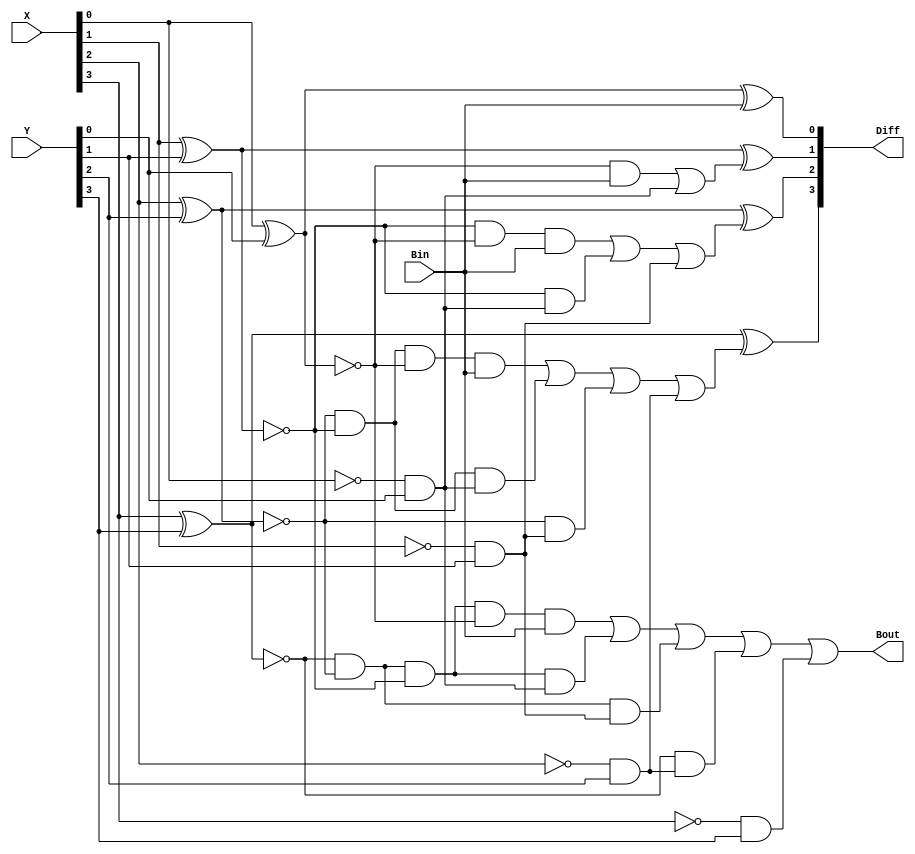
module Lab2_borrow_lookahead_4_bit_sub(output [3:0] Diff, output Bout, input [3:0] X, Y, input Bin);

	wire [3:0] P, B, G;

	assign P[0] = !(X[0] ^ Y[0]);
	assign P[1] = !(X[1] ^ Y[1]);
	assign P[2] = !(X[2] ^ Y[2]);
	assign P[3] = !(X[3] ^ Y[3]);

	assign G[0] = !X[0] && Y[0];
	assign G[1] = !X[1] && Y[1];
	assign G[2] = !X[2] && Y[2];
	assign G[3] = !X[3] && Y[3];

	assign B[1] = P[0] && Bin || G[0];
	assign B[2] = P[1] && P[0] && Bin || P[1] && G[0] || G[1];
	assign B[3] = P[2] && P[1] && P[0] && Bin || P[2] && P[1] && G[0] || P[2] && G[1] || G[2];
	assign Bout = P[3] && P[2] && P[1] && P[0] && Bin || P[3] && P[2] && P[1] && G[0] || P[3] && P[2] && G[1] || P[3] && G[2] || G[3];

	assign Diff[0] = !P[0] ^ Bin;
	assign Diff[1] = !P[1] ^ B[1];
	assign Diff[2] = !P[2] ^ B[2];
	assign Diff[3] = !P[3] ^ B[3];

/*
	xnor
		G_xnor_1(P[0], X[0], Y[0]),
		G_xnor_2(P[1], X[1], Y[1]),
		G_xnor_3(P[2], X[2], Y[2]),
		G_xnor_4(P[3], X[3], Y[3]);

	not
		G_not_1(x_not[0], X[0]),
		G_not_2(x_not[1], X[1]),
		G_not_3(x_not[2], X[2]),
		G_not_4(x_not[3], X[3]),
		G_not_5(p_not[0], P[0]),
		G_not_6(p_not[1], P[1]),
		G_not_7(p_not[2], P[2]),
		G_not_8(p_not[3], P[3]);

	and
		G_and_1(G[0], x_not[0], Y[0]),
		G_and_2(G[1], x_not[1], Y[1]),
		G_and_3(G[2], x_not[2], Y[2]),
		G_and_4(G[3], x_not[3], Y[3]);

	xor
		G_xor_1(Diff[0], p_not[0], Bin),
		G_xor_2(Diff[1], p_not[1], B[1]),
		G_xor_3(Diff[2], p_not[2], B[2]),
		G_xor_4(Diff[3], p_not[3], B[3]);

	//B1
	wire for_b1;
	and
		b1_and_1(for_b1, P[0], Bin);
	or
		b1_or_1(B[1], for_b1, G[0]);

	//B2
	wire for_b2[0:1];
	and
		b2_and_1(for_b2[0], P[1], P[0], Bin),
		b2_and_2(for_b2[1], P[1], G[0]);
	or
		b2_or_1(B[2], for_b2[0], for_b2[1], G[1]);

	//B3
	wire for_b3[0:2];
	and
		b3_and_1(for_b3[0], P[2], P[1], P[0], Bin),
		b3_and_2(for_b3[1], P[2], P[1], G[0]),
		b3_and_3(for_b3[2], P[2], G[1]);
	or
		b3_or_1(B[3], for_b3[0], for_b3[1], for_b3[2], G[2]);

	//B4
	wire for_b4[0:3];
	and
		b4_and_1(for_b4[0], P[3], P[2], P[1], P[0], Bin),
		b4_and_2(for_b4[1], P[3], P[2], P[1], G[0]);
		b4_and_3(for_b4[2], P[3], P[2], G[1]);
		b4_and_4(for_b4[3], P[3], G[2]);
	or
		b4_or_1(Bout, for_b4[0], for_b4[1], for_b4[2], for_b4[3], G[3]);
*/

endmodule